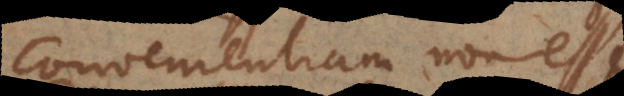
convenientiam non esse.